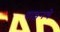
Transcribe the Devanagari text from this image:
पाइनचे